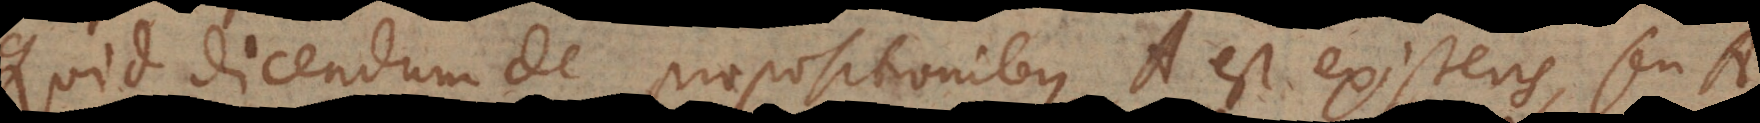
Quid dicendum de propositionibus A est existens, seu A